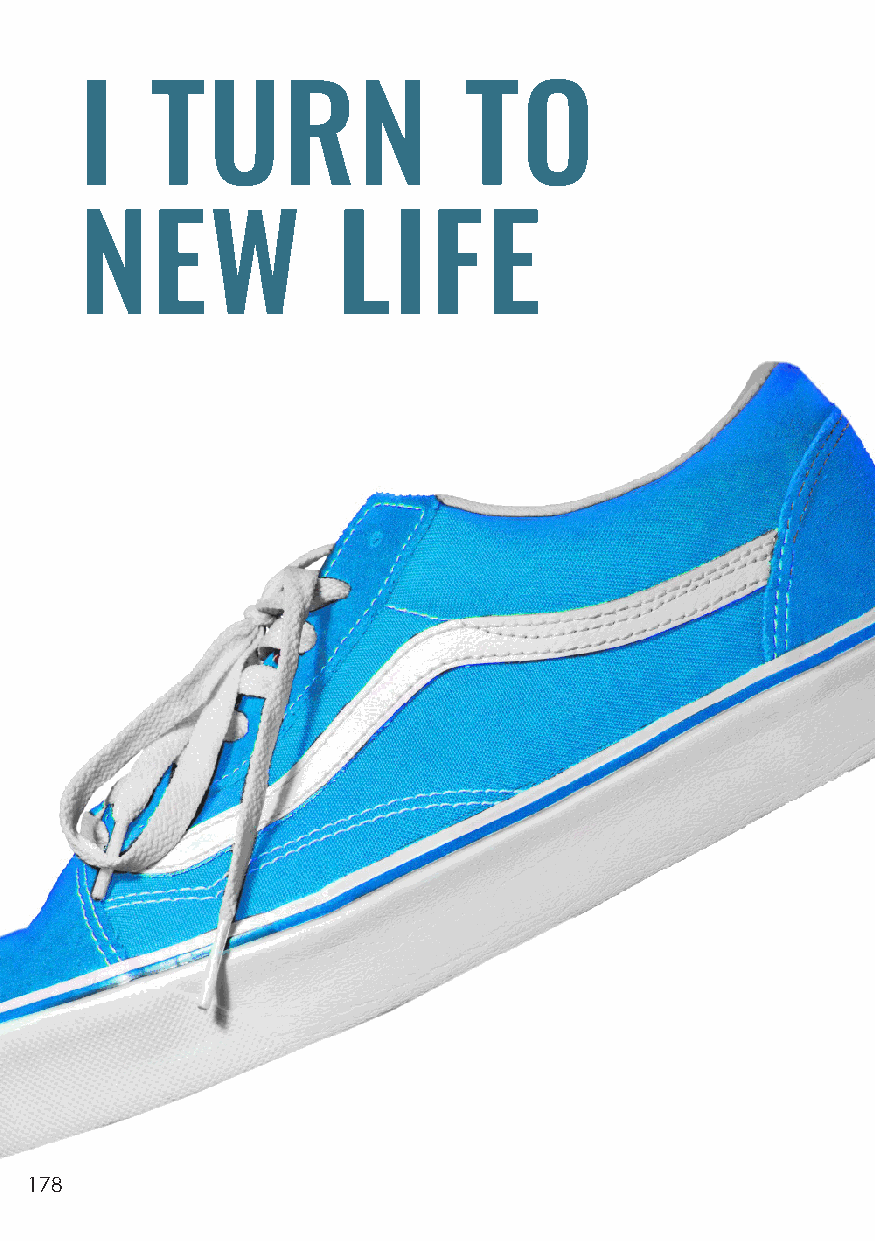
I    TURN                 TO
 NEW              LIFE
 178